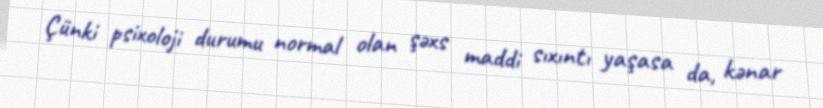
Çünki psixoloji durumu normal olan şəxs maddi sıxıntı yaşasa da, kənar